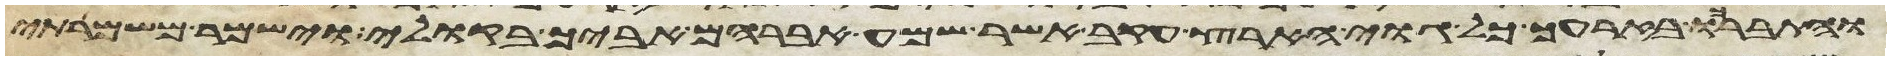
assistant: והתברכו בזרעך כל גוי הארץ עקב אשר שמע אברהם אביך בקולי וישמר משמרתי